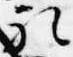
礼